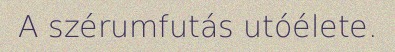
A szérumfutás utóélete.